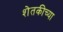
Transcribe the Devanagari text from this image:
शेतकीच्या